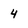
Character: 4